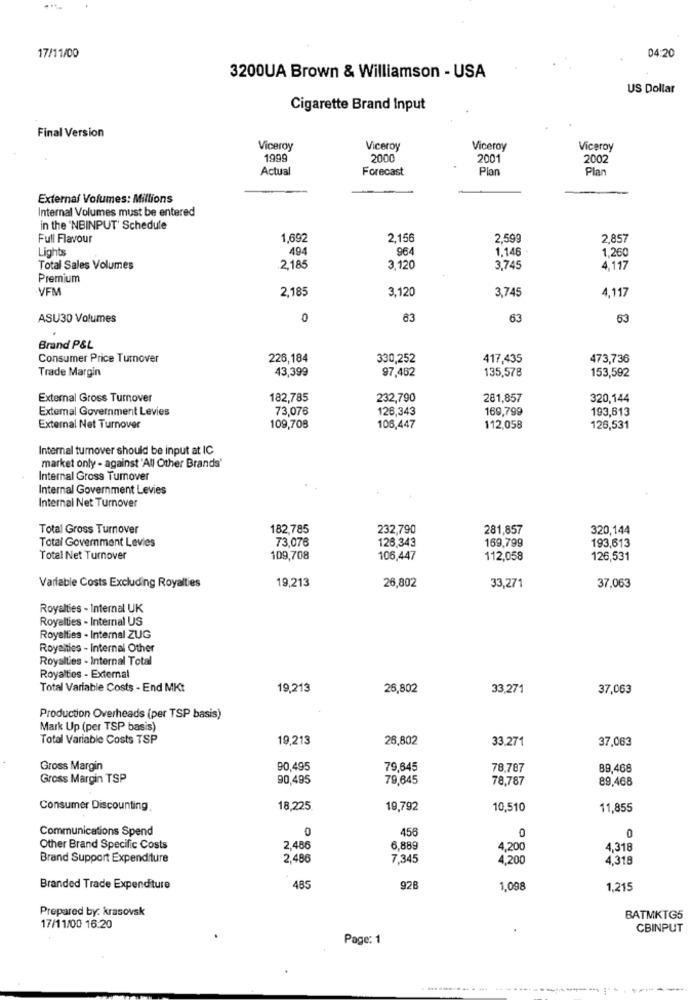
17/11/00
04:20
3200UA Brown & Williamson - USA
US Dollar
Cigarette Brand Input
Final Version
Viceroy
Viceroy
Viceroy
Viceroy
1999
2000
2001
2002
Actual
Forecast
Plan
Plan
External Volumes: Millions
Internal Volumes must be entered
in the 'NBINPUT' Schedule
Full Flavour
1,692
2,156
2,599
2,857
Lights
494
964
1.146
1.260
2.185
Total Sales Volumes
3,120
3,745
4,117
Premium
:VFM
2,185
3,120
3,745
4,117
ASU30 Volumes
0
63
63
53
Brand P&L
Consumer Price Turnover
226,184
330,252
417,435
473,736
Trade Margin
43,399
97.462
135,578
153,592
External Gross Turnover
182,785
232,790
281,857
320,144
External Government Levies
73,076
126,343
169,799
193,613
External Net Turnover
109,708
106,447
112,058
126,531
Internal turnover should be input at IC
market only - against 'All Other Brands'
Internal Gross Turnover
Internal Government Levies
Internal Net Turnover
Total Gross Turnover
182,785
232,790
281,857
320,144
Total Government Levies
73,076
126,343
169,799
193,613
Total Net Turnover
109,708
106,447
112,058
126,531
Variable Costs Excluding Royalties
19,213
26,802
33,271
37,063
Royalties - Internal UK
Royalties - Internal US
Royalties - Internal ZUG
Royalties - Internal Other
Royalties - Internal Total
Royalties - External
Total Variable Costs - End MKt
19,213
26,802
33,271
37,063
Production Overheads (per TSP basis)
Mark Up (per TSP basis)
Total Variable Costs TSP
19,213
26,802
33.271
37,063
Gross Margin
90,495
79,645
78,787
89,468
Gross Margin TSP
90,495
79,645
78,787
89,468
Consumer Discounting.
18,225
19,792
10,510
11,855
Communications Spend
0
458
0
0
Other Brand Specific Costs
2,486
6,88
4,200
4.318
Brand Support Expenditure
2,486
7,345
4,200
4,318
Branded Trade Expenditure
485
928
1,098
1,215
Prepared by: krasovsk
BATMKTG5
17/11/00 16:20
CBINPUT
Page: 1
---